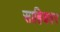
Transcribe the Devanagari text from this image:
साहिबवर